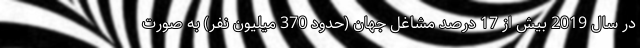
در سال 2019 بیش از 17 درصد مشاغل جهان (حدود 370 میلیون نفر) به صورت